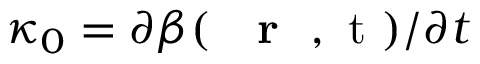
\kappa _ { 0 } = \partial \beta ( \mathrm { ~ { ~ \bf ~ r ~ } ~ , ~ t ~ } ) / \partial t